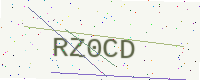
Text: RZ0CD